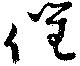
催